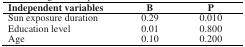
<table><thead><tr><td><b>Independent variables</b></td><td><b>B</b></td><td><b>P</b></td></tr></thead><tbody><tr><td>Sun exposure duration</td><td>0.29</td><td>0.010</td></tr><tr><td>Education level</td><td>0.01</td><td>0.800</td></tr><tr><td>Age</td><td>0.10</td><td>0.200</td></tr></tbody></table>